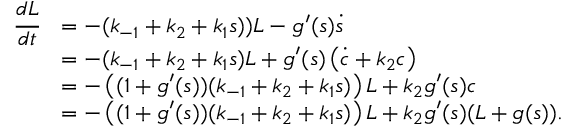
\begin{array} { r l } { \cfrac { d L } { d t } } & { = - ( k _ { - 1 } + k _ { 2 } + k _ { 1 } s ) ) L - g ^ { \prime } ( s ) \dot { s } } \\ & { = - ( k _ { - 1 } + k _ { 2 } + k _ { 1 } s ) L + g ^ { \prime } ( s ) \left( \dot { c } + k _ { 2 } c \right) } \\ & { = - \left( ( 1 + g ^ { \prime } ( s ) ) ( k _ { - 1 } + k _ { 2 } + k _ { 1 } s ) \right) L + k _ { 2 } g ^ { \prime } ( s ) c } \\ & { = - \left( ( 1 + g ^ { \prime } ( s ) ) ( k _ { - 1 } + k _ { 2 } + k _ { 1 } s ) \right) L + k _ { 2 } g ^ { \prime } ( s ) ( L + g ( s ) ) . } \end{array}